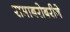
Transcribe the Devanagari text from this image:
रामाबरोबरीने